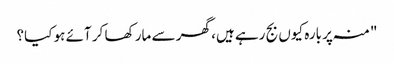
"منہ پر بارہ کیوں بج رہے ہیں، گھر سے مار کھا کر آئے ہو کیا؟